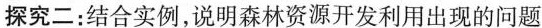
)探究二：结合实例，说明森林资源开发利用出现的问题